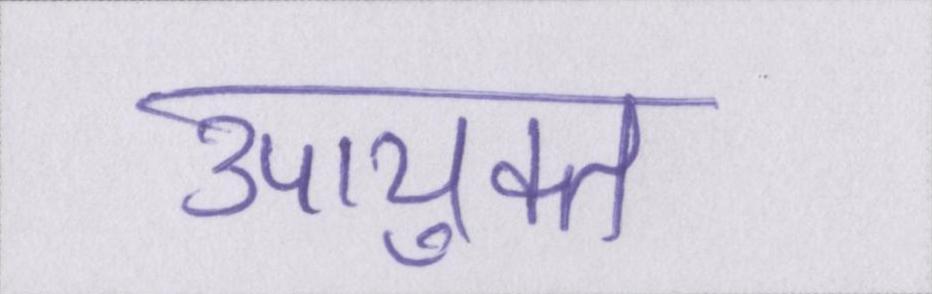
उपायुक्त